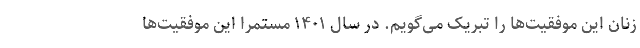
زنان این موفقیت‌ها را تبریک می‌گویم. در سال ۱۴۰۱ مستمرا این موفقیت‌ها